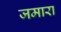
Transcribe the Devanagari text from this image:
जमारा